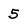
Character: 5